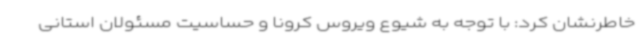
خاطرنشان کرد: با توجه به شیوع ویروس کرونا و حساسیت مسئولان استانی